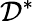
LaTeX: \mathcal{D}^{\ast}